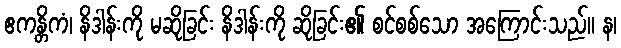
ဧကန္တိကံ၊ နိဒါန်းကို မဆိုခြင်း နိဒါန်းကို ဆိုခြင်း၏ စင်စစ်သော အကြောင်းသည်။ န၊